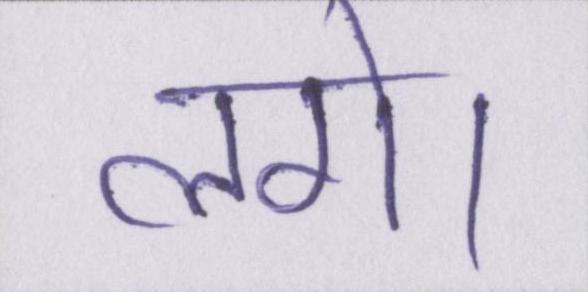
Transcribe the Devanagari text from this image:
लगे।